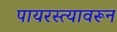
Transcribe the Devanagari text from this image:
पायरस्त्यावरून